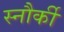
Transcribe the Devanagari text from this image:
स्नौर्की